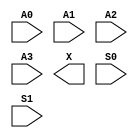
module sky130_fd_sc_lp__udp_mux_4to2 (
    //# {{data|Data Signals}}
    input  A0,
    input  A1,
    input  A2,
    input  A3,
    output X ,

    //# {{control|Control Signals}}
    input  S0,
    input  S1
);
endmodule